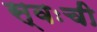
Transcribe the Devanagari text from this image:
स्वःची